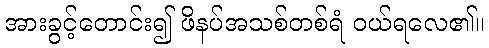
အားခွင့်တောင်း၍ ဖိနပ်အသစ်တစ်ရံ ဝယ်ရလေ၏။